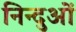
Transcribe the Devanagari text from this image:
निन्दुओं